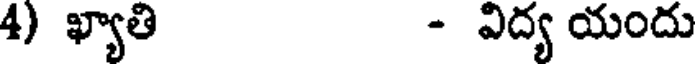
4) ఖ్యాతి - విద్య యందు